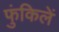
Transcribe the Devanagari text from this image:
फुंकिलें